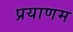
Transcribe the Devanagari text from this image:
प्रयाणम